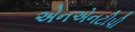
એનએનટીપી